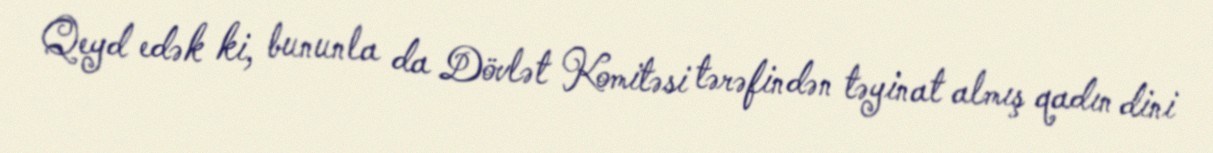
Qeyd edək ki, bununla da Dövlət Komitəsi tərəfindən təyinat almış qadın dini